Civil Veterinary Dept. Bombay admin report 1907-1913 - 1907-1913
Year: 1907
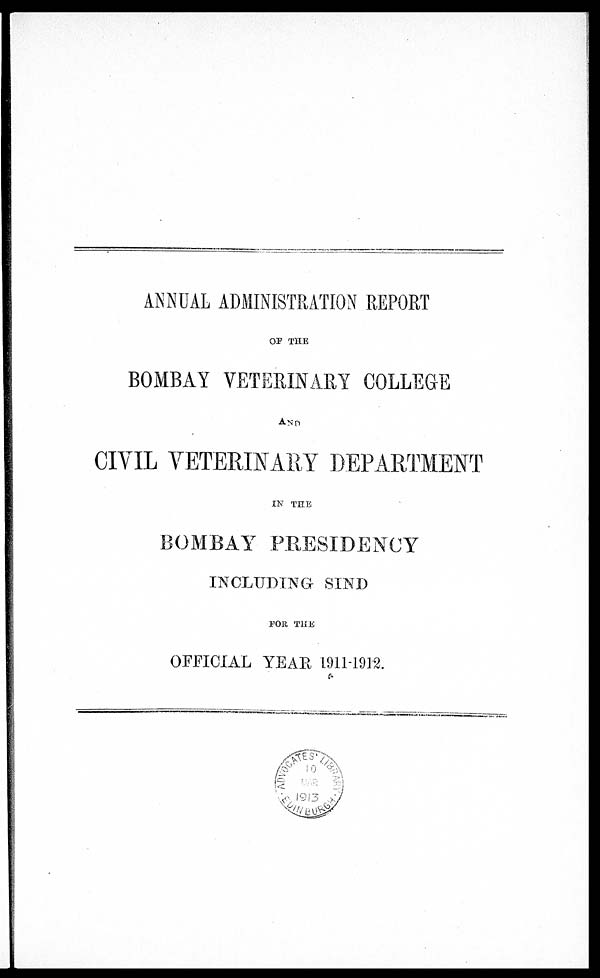
ANNUAL ADMINISTRATION REPORT
OF THE
BOMBAY VETERINARY COLLEGE
AND
CIVIL VETERINARY DEPARTMENT
IN THE
BOMBAY PRESIDENCY
INCLUDING SIND
FOR THE
OFFICIAL YEAR 1911-1912.